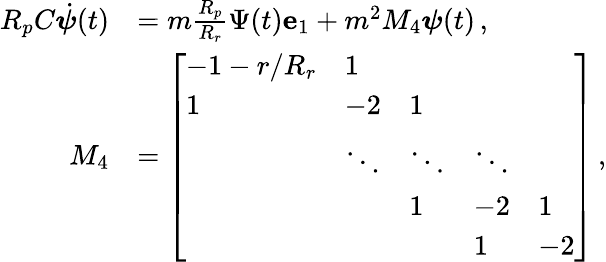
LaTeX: \begin{array}{rl}{R_{p}C\dot{\boldsymbol{\psi}}(t)}&{=m\frac{R_{p}}{R_{r}}\Psi(t)\mathbf{e}_{1}+m^{2}M_{4}\boldsymbol{\psi}(t)\, ,}\\ {M_{4}}&{=\left[\begin{array}{lllll}{-1-r/R_{r}}&{1}&&&\\ {1}&{-2}&{1}&&\\ &{\ddots}&{\ddots}&{\ddots}&\\ &&{1}&{-2}&{1}\\ &&&{1}&{-2}\end{array}\right]\, ,}\end{array}